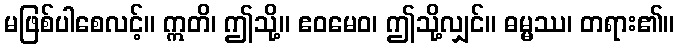
မဖြစ်ပါစေလင့်။ ဣတိ၊ ဤသို့။ ဧဝမေဝ၊ ဤသို့လျှင်။ ဓမ္မဿ၊ တရား၏။